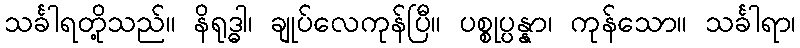
သင်္ခါရတို့သည်။ နိရုဒ္ဓါ၊ ချုပ်လေကုန်ပြီ။ ပစ္စုပ္ပန္နာ၊ ကုန်သော။ သင်္ခါရာ၊